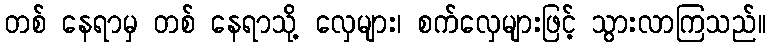
တစ် နေရာမှ တစ် နေရာသို့ လှေများ၊ စက်လှေများဖြင့် သွားလာကြသည်။